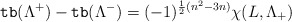
\begin{align*}{\tt tb}(\Lambda^+)-{\tt tb}(\Lambda^-) = (-1)^{\frac{1}{2}(n^2-3n)}\chi(L,\Lambda_+)\end{align*}